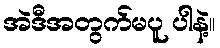
အဲဒီအတွက်မပူ ပါနဲ့။